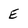
Character: E